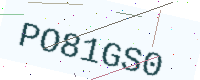
Text: PO81GS0